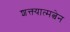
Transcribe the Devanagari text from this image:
शक्त्यात्मत्वेन